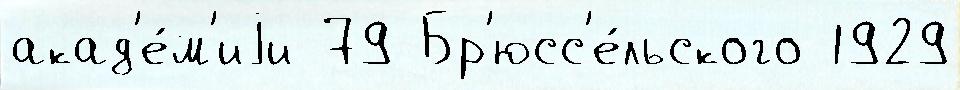
акад'е́м'иjи 79 Бр'юсс'е́льского 1929